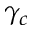
\gamma _ { c }